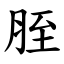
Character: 胵